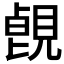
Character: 𧡑